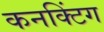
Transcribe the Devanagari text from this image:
कनक्टिंग